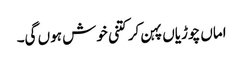
اماں چوڑیاں پہن کر کتنی خوش ہوں گی۔